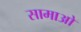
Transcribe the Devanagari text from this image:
सामाओ